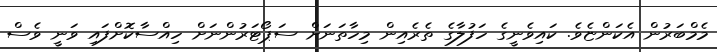
މެމްބަރުން އެކަންޏެވެ. ކައިވެނީގެ ހަފުލާގެ ތެރެއިން މިހާތަނަށް ސަޕޯޓަރުންނަށް ހިއްސާކޮށްފައި ވަނީ ވެސް